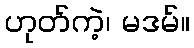
ဟုတ်ကဲ့၊ မဒမ်။